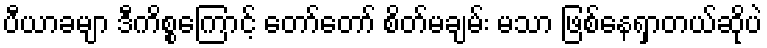
ပီယာခမျာ ဒီကိစ္စကြောင့် တော်တော် စိတ်မချမ်း မသာ ဖြစ်နေရှာတယ်ဆိုပဲ